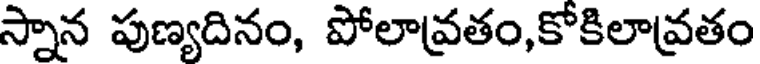
స్నాన పుణ్యదినం, పోలావ్రతం,కోకిలావ్రతం